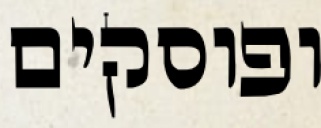
ופוסקים